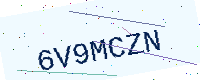
Text: 6V9MCZN